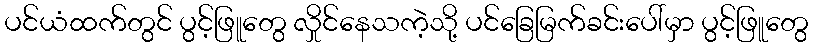
ပင်ယံထက်တွင် ပွင့်ဖြူတွေ လှိုင်နေသကဲ့သို့ ပင်ခြေမြက်ခင်းပေါ်မှာ ပွင့်ဖြူတွေ